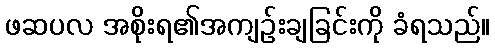
ဖဆပလ အစိုးရ၏အကျဉ်းချခြင်းကို ခံရသည်။